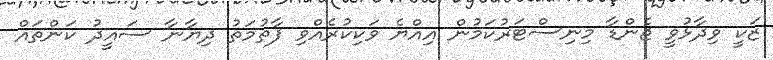
ޒަކީ ވިދާޅުވީ ޖެންޑާ މިނިސްޓަރުކަމުން އިއްޔެ ވަކިކުރެއްވި ފާތުމަތު ދިޔާނާ ސައީދު ކަންތައް